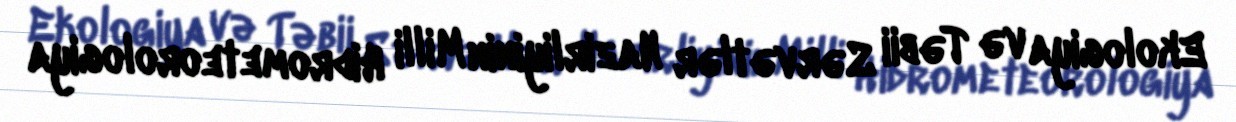
Ekologiya və Təbii Sərvətlər Nazirliyinin Milli Hidrometeorologiya